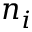
n _ { i }